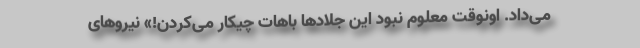
می‌داد. اونوقت معلوم نبود این جلادها باهات چیکار می‌کردن!» نیروهای